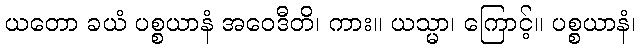
ယတော ခယံ ပစ္စယာနံ အဝေဒီတိ၊ ကား။ ယသ္မာ၊ ကြောင့်။ ပစ္စယာနံ၊